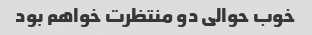
خوب حوالی دو منتظرت خواهم بود